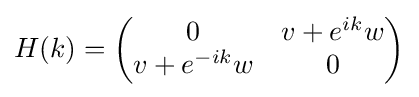
H(k)={\begin{pmatrix}0&v+e^{ik}w\\v+e^{-ik}w&0\end{pmatrix}}